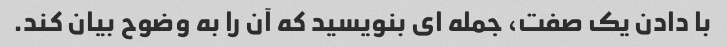
با دادن یک صفت، جمله ای بنویسید که آن را به وضوح بیان کند.